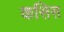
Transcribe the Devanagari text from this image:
कसिस